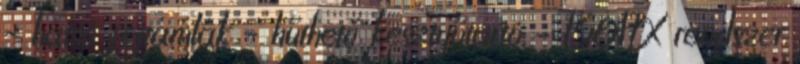
– hátsó fejtámlák – hűthető kesztyűtartó – ISOFIX rendszer